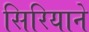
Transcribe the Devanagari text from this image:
सिरियाने